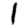
Digit: 1